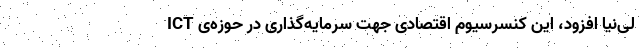
لی‌نیا افزود، این کنسرسیوم اقتصادی جهت سرمایه‌گذاری در حوزه‌ی ICT